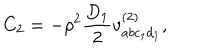
LaTeX: C _ { 2 } = - \rho ^ { 2 } \frac { D _ { 1 } } { 2 } v _ { a b c _ { 1 } d _ { 1 } } ^ { ( 2 ) } ,